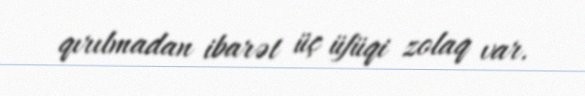
qırılmadan ibarət üç üfüqi zolaq var.